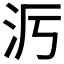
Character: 𪵭